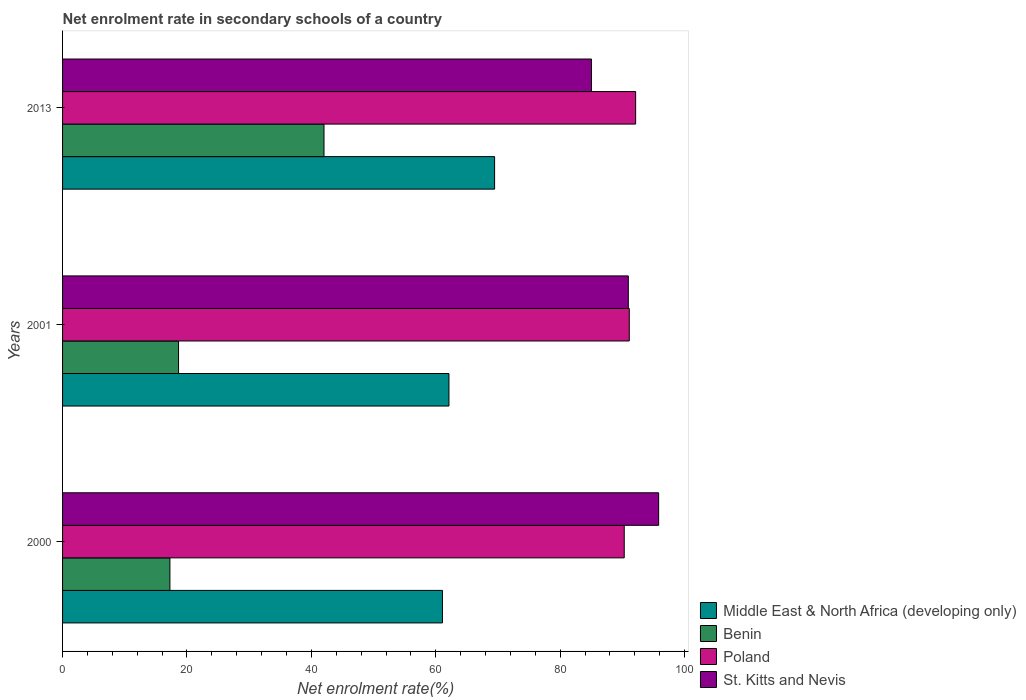
| Years | Middle East & North Africa (developing only) | Benin | Poland | St. Kitts and Nevis |
 | --- | --- | --- | --- | --- |
 | 2000 | 61.1 | 17.3 | 90.3 | 95.8 |
 | 2001 | 62.1 | 18.6 | 91.1 | 91 |
 | 2013 | 69.5 | 42 | 92.1 | 85 |